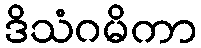
ဒိသံဂမိကာ